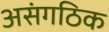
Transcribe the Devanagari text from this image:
असंगठिक